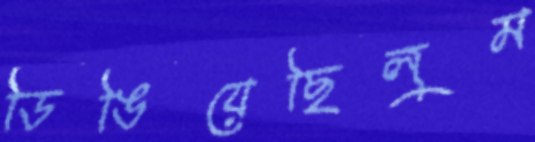
ডিঙিয়েছিলুম